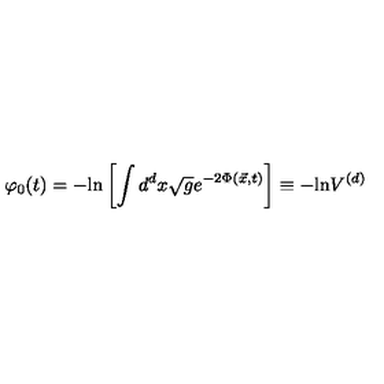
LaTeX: \varphi _ { 0 } ( t ) = - \mathrm { l n } \left[ \int d ^ { d } x \sqrt { g } e ^ { - 2 \Phi ( { \vec { x } } , t ) } \right] \equiv - \mathrm { l n } V ^ { ( d ) }